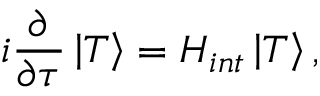
i \frac { \partial } { \partial \tau } \left| { \cal T } \right> = H _ { i n t } \left| { \cal T } \right> ,